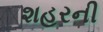
શહરની